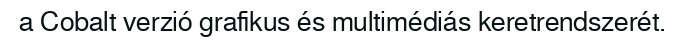
a Cobalt verzió grafikus és multimédiás keretrendszerét.